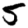
Digit: 5